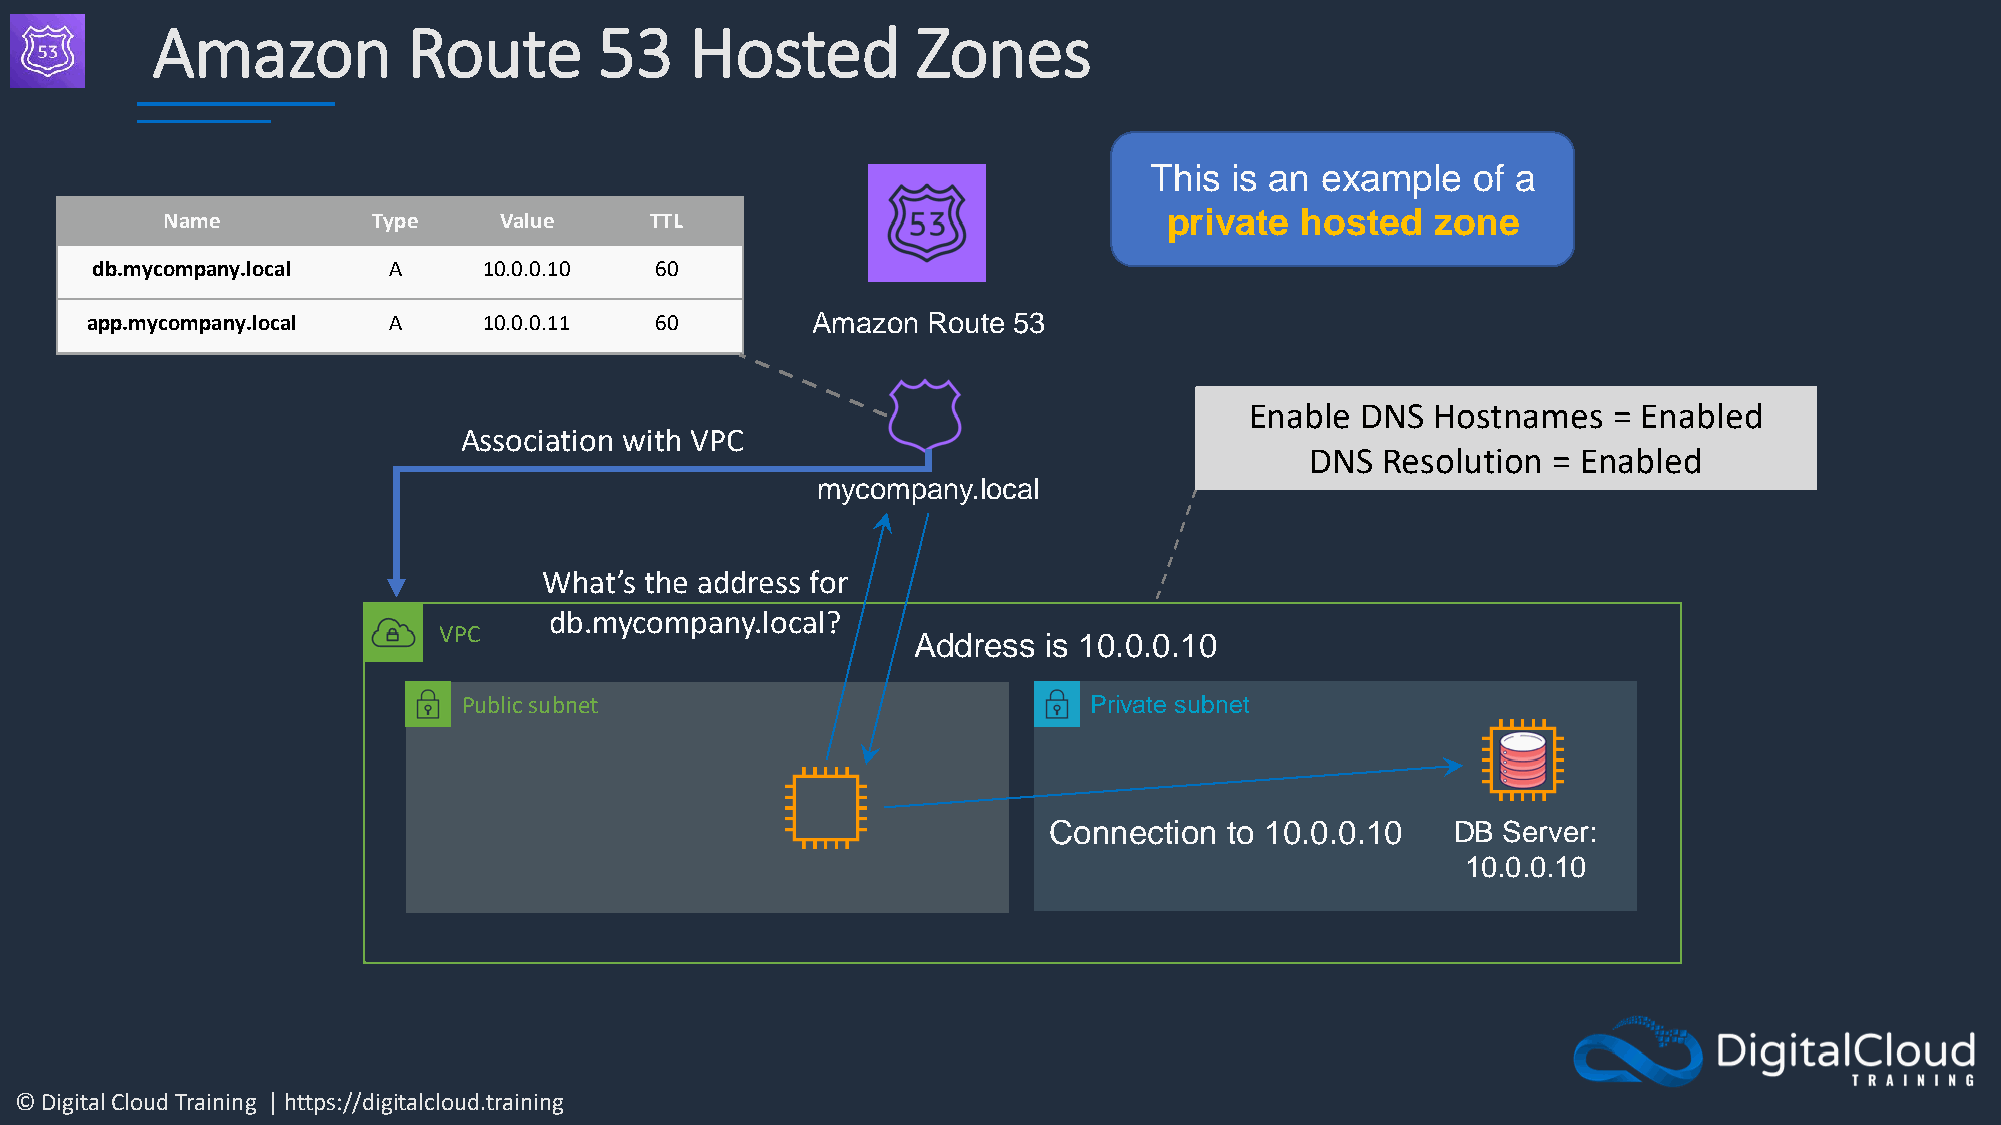
Amazon           Route        53    Hosted         Zones
 This is an example   of a
 Name          Type    Value     TTL                               private  hosted   zone
 db.mycompany.local  A     10.0.0.10  60
 app.mycompany.local A     10.0.0.11  60         Amazon Route 53
 Enable DNS  Hostnames   = Enabled
 Association with VPC
 DNS Resolution  = Enabled
 mycompany.local
 What’s the address for
 db.mycompany.local?
 VPC
 Address  is 10.0.0.10
 Public subnet                            Private subnet
 Connection  to 10.0.0.10   DB Server:
 10.0.0.10
 © Digital Cloud Training | https://digitalcloud.training